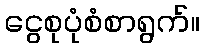
ငွေစုပုံစံစာရွက်။